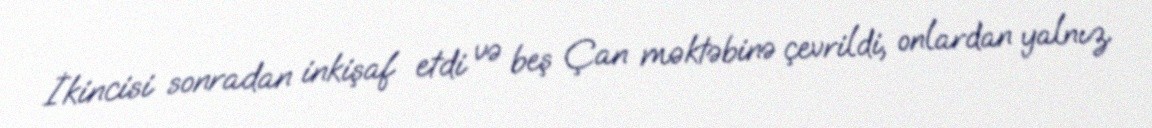
İkincisi sonradan inkişaf etdi və beş Çan məktəbinə çevrildi, onlardan yalnız